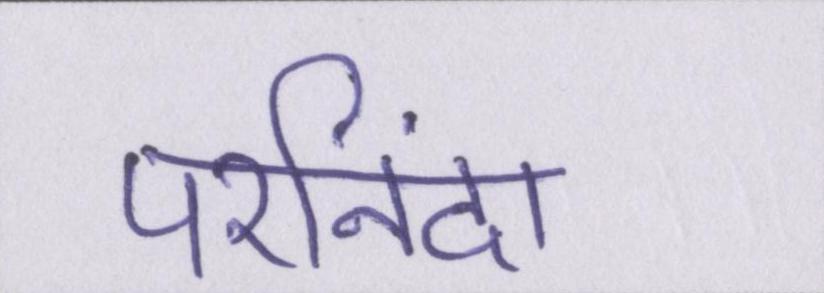
परनिंदा